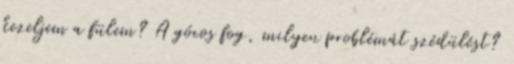
kezeljem a fülem? A gócos fog, milyen problémát szédülést?